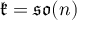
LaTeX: { \mathfrak { k } } = { \mathfrak { s o } } ( n )